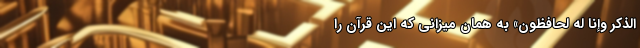
الذِّكْرَ وَإِنَّا لَهُ لَحَافِظُونَ» به همان میزانی که این قرآن را